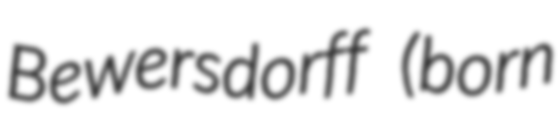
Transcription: Bewersdorff (born